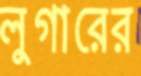
লুগারের